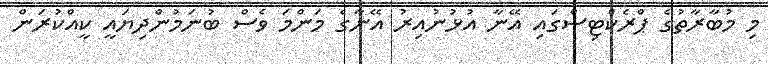
މި މުބާރާތުގެ ޕްރެކްޓިސްގައި އޭނާ އުޅުނުއިރު އޭނާގެ މަންމަ ވެސް ބުނަމުންދިޔައީ ކީއްކުރަން